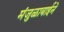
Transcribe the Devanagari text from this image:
मंजुळाबाईने